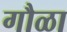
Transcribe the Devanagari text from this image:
गौळा